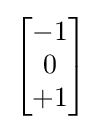
{\begin{bmatrix}-1\\0\\+1\end{bmatrix}}